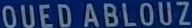
OUEDABLOUZ